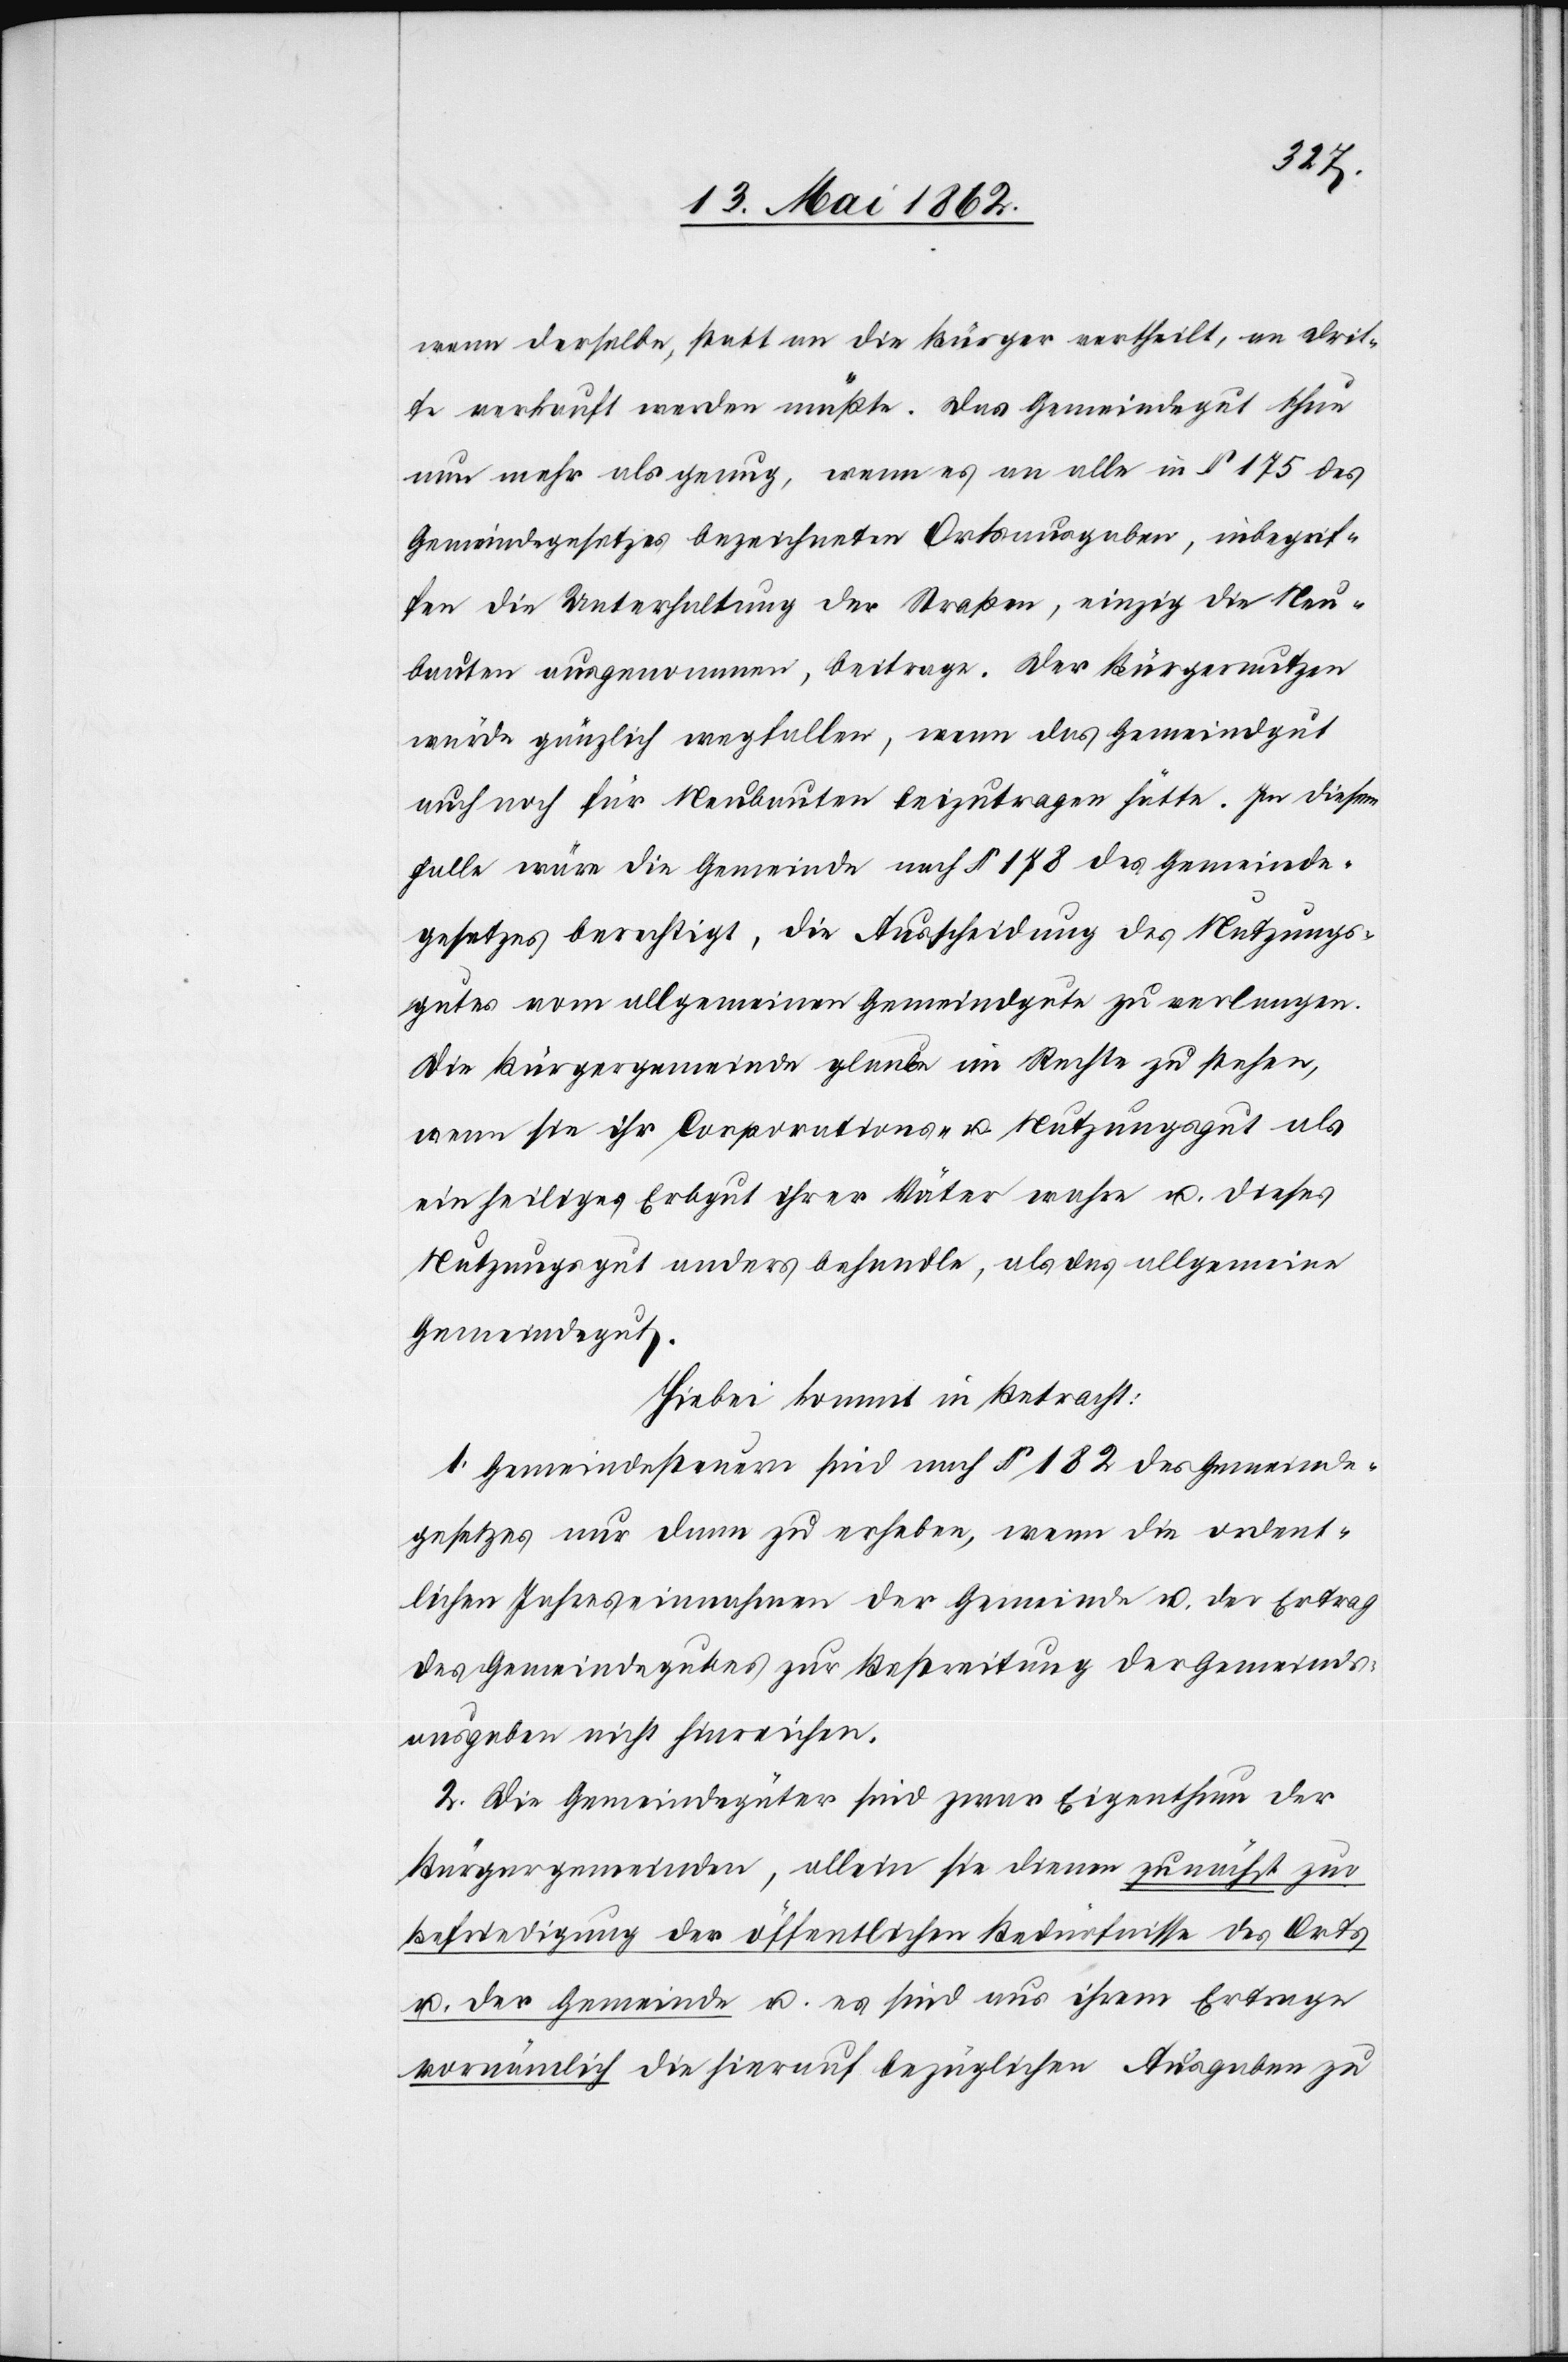
wenn derselbe, statt an die Bürger vertheilt, an drit¬
te verkauft werden müßte. Das Gemeindegut thue
nun mehr als genug, wenn es an alle in § 175 des
Gemeindegesetzes bezeichneten Ortsausgaben, inbegrif¬
fen die Unterhaltung der Straßen, einzig die Neu¬
bauten ausgenommen, beitrage. Der Bürgernutzen
würde gänzlich wegfallen, wenn das Gemeindgut
auch noch für Neubauten beizutragen hätte. In diesem
Falle wäre die Gemeinde nach § 178 des Gemeinde¬
gesetzes berechtigt, die Ausscheidung des Nutzungs¬
gutes vom allgemeinen Gemeindgute zu verlangen.
Die Bürgergemeinde glaube im Rechte zu stehen,
wenn sie ihr Corporations- u. Nutzungsgut als
ein heiliges Erbgut ihrer Väter wahre u. dieses
Nutzungsgut anders behandle, als das allgemeine
Gemeindegut.
Hiebei kommt in Betracht:
1. Gemeindesteuern sind nach § 182 des Gemeinde¬
gesetzes nur dann zu erheben, wenn die ordent¬
lichen Jahreseinnahmen der Gemeinde u. der Ertrag
des Gemeindegutes zur Bestreitung der Gemeinds¬
ausgaben nicht hinreichen.
2. Die Gemeindegüter sind zwar Eigenthum der
Bürgergemeinden, allein sie dienen zunächst zur
Befriedigung der öffentlichen Bedürfnisse des Orts
u. der Gemeinde u. es sind aus ihrem Ertrage
vornämlich die hierauf bezüglichen Ausgaben zu